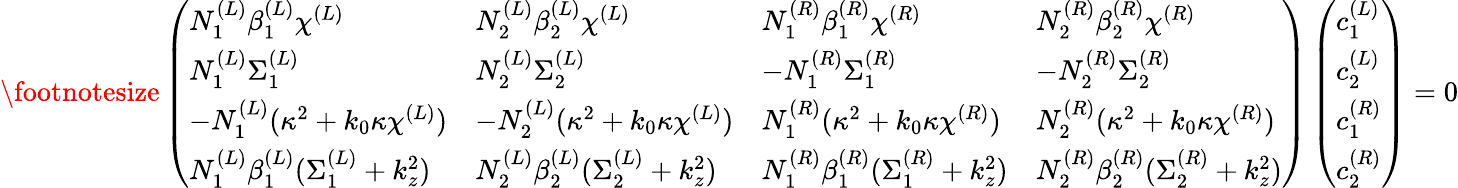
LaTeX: \footnotesize\left(\begin{array}{llll}{N_{1}^{(L)}\beta_{1}^{(L)}\chi^{(L)}}&{N_{2}^{(L)}\beta_{2}^{(L)}\chi^{(L)}}&{N_{1}^{(R)}\beta_{1}^{(R)}\chi^{(R)}}&{N_{2}^{(R)}\beta_{2}^{(R)}\chi^{(R)}}\\ {N_{1}^{(L)}\Sigma_{1}^{(L)}}&{N_{2}^{(L)}\Sigma_{2}^{(L)}}&{-N_{1}^{(R)}\Sigma_{1}^{(R)}}&{-N_{2}^{(R)}\Sigma_{2}^{(R)}}\\ {-N_{1}^{(L)}(\kappa^{2}+k_{0}\kappa\chi^{(L)})}&{-N_{2}^{(L)}(\kappa^{2}+k_{0}\kappa\chi^{(L)})}&{N_{1}^{(R)}(\kappa^{2}+k_{0}\kappa\chi^{(R)})}&{N_{2}^{(R)}(\kappa^{2}+k_{0}\kappa\chi^{(R)})}\\ {N_{1}^{(L)}\beta_{1}^{(L)}(\Sigma_{1}^{(L)}+k_{z}^{2})}&{N_{2}^{(L)}\beta_{2}^{(L)}(\Sigma_{2}^{(L)}+k_{z}^{2})}&{N_{1}^{(R)}\beta_{1}^{(R)}(\Sigma_{1}^{(R)}+k_{z}^{2})}&{N_{2}^{(R)}\beta_{2}^{(R)}(\Sigma_{2}^{(R)}+k_{z}^{2})}\end{array}\right)\left(\begin{array}{l}{c_{1}^{(L)}}\\ {c_{2}^{(L)}}\\ {c_{1}^{(R)}}\\ {c_{2}^{(R)}}\end{array}\right)=0